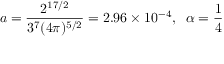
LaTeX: a = \frac { 2 ^ { 1 7 / 2 } } { 3 ^ { 7 } ( 4 \pi ) ^ { 5 / 2 } } = 2 . 9 6 \times 1 0 ^ { - 4 } , \; \; \alpha = \frac { 1 } { 4 }